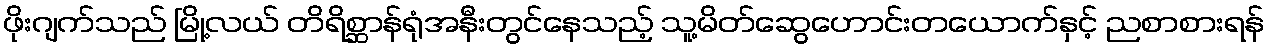
ဖိုးဂျက်သည် မြို့လယ် တိရိစ္ဆာန်ရုံအနီးတွင်နေသည့် သူ့မိတ်ဆွေဟောင်းတယောက်နှင့် ညစာစားရန်